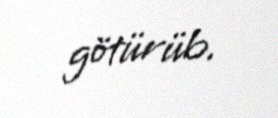
götürüb.